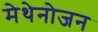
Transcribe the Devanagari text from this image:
मेथेनोजन